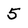
Character: 5